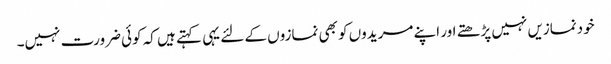
خودنمازیں نہیں پڑھتے اور اپنے مریدوں کو بھی نمازوں کے لئے یہی کہتے ہیں کہ کوئی ضرورت نہیں۔